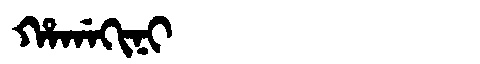
Manchu: ᡥᠠᡤᠠᡴᡳᠨᡳ
Romanization: HAGAKINI